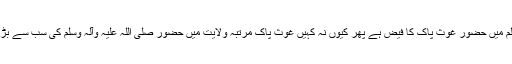
جب کل عالم میں حضور غوث پاک کا فیض ہے پھر کیوں نہ کہیں غوث پاک مرتبہ ولایت میں حضور صلی اللہ علیہ وآلہ وسلم کی سب سے بڑی شان ہیں۔